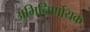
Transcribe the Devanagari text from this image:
अभिनिर्णायक